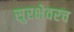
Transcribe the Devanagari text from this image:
सुरक्षेवरच